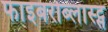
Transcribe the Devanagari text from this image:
फाइबरोब्लास्ट्स